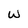
Character: W